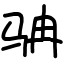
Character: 𩧬